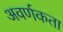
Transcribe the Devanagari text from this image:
अवर्णकता